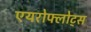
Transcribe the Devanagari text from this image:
एयरोफ्लोट्स